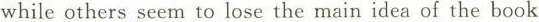
while others seem to lose the main idea of the book